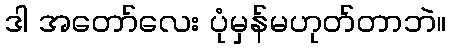
ဒါ အတော်လေး ပုံမှန်မဟုတ်တာဘဲ။